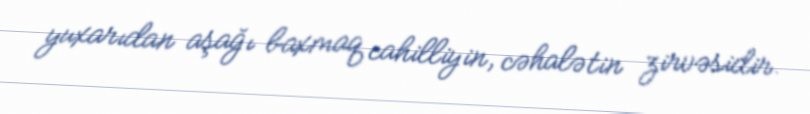
yuxarıdan aşağı baxmaq cahilliyin, cəhalətin zirvəsidir.